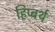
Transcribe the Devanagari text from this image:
हिप्बर्थ